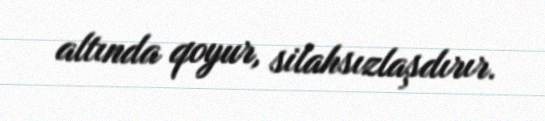
altında qoyur, silahsızlaşdırır.